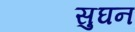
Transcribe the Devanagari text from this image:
सुघन